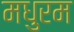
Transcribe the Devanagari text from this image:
मधुरम